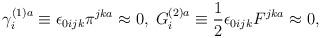
LaTeX: \begin{align*}\gamma _i^{(1)a}\equiv \epsilon _{0ijk}\pi ^{jka}\approx0,\;G_i^{(2)a}\equiv \frac 12\epsilon _{0ijk}F^{jka}\approx 0,\end{align*}